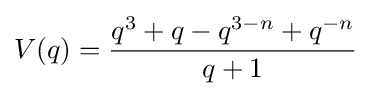
V(q)={\frac {q^{3}+q-q^{3-n}+q^{-n}}{q+1}}